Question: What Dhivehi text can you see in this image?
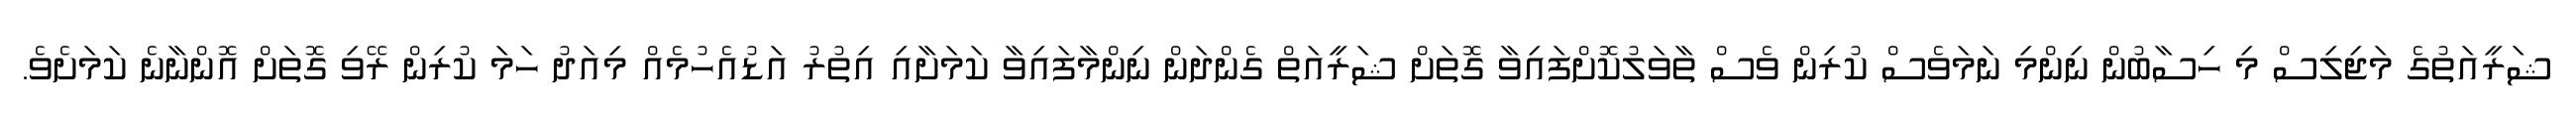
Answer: ޝަރީއަތުގެ މަޖިލިސް މި ހިސާބުން ނިންމި ނަމަވެސް ކުރިން ވެސް ތާވަލުކޮށްފައިވާ ގޮތަށް ޝަރީއަތް ގެންދަން ނިންމާފައިވާ ކަމަށާއި އިތުރު އަޑުއެހުމެއް މިއަދު ހަމަ ކުރިން ރޭވި ގޮތަށް އޮންނާނެ ކަމަށެވެ.